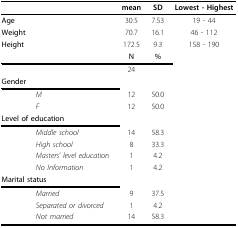
|  |  | mean | SD | Lowest - Highest |
 | --- | --- | --- | --- | --- |
 | Age |  | 30.5 | 7.53 | 19 - 44 |
 | Weight |  | 70.7 | 16.1 | 46 - 112 |
 | Height |  | 172.5 | 9.3 | 158 - 190 |
 |  |  | N | % |  |
 |  |  | 24 |  |  |
 | <COLSPAN=5> Gender |
 |  | M | 12 | 50.0 |  |
 |  | F | 12 | 50.0 |  |
 | <COLSPAN=5> Level of education |
 |  | Middle school | 14 | 58.3 |  |
 |  | High school | 8 | 33.3 |  |
 |  | Masters' level education | 1 | 4.2 |  |
 |  | No Information | 1 | 4.2 |  |
 | <COLSPAN=5> Marital status |
 |  | Married | 9 | 37.5 |  |
 |  | Separated or divorced | 1 | 4.2 |  |
 |  | Not married | 14 | 58.3 |  |